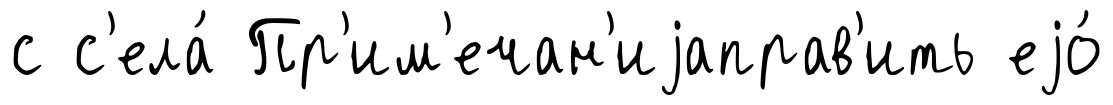
с с'ела́ Пр'им'ечан'иjаправ'ить еjо́